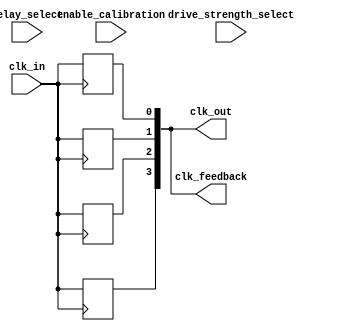
module MemoryBlocksSkewOptimizedClockBuffer #(
    parameter NUM_OUTPUT_CHANNELS = 4,
    parameter MAX_DELAY = 15,     // Max delay setting (in units of clock cycles)
    parameter DRIVE_STRENGTH_OPTIONS = 3 // Options for programmable drive strength
)(
    input wire clk_in,                        // Input clock signal
    input wire [1:0] delay_select,            // Selects delay setting
    input wire [1:0] drive_strength_select,    // Selects drive strength
    input wire enable_calibration,             // Control signal for calibration
    output wire [NUM_OUTPUT_CHANNELS-1:0] clk_out, // Output clock signals for memory blocks
    output wire [NUM_OUTPUT_CHANNELS-1:0] clk_feedback // Feedback output signals for monitoring
);

    // Internal signals
    wire clk_buffered;                          // Buffered clock output
    reg [NUM_OUTPUT_CHANNELS-1:0] delayed_clks; // Delayed clock outputs after tuning

    // Clock buffer with Schmitt Trigger characteristics
    always @(*) begin
        // Here you can implement the Schmitt Trigger logic if needed.
        clk_buffered = clk_in; // Simplified for this example
    end
    
    // Programmable delay line
    genvar i;
    generate
        for (i = 0; i < NUM_OUTPUT_CHANNELS; i = i + 1) begin : output_drivers
            reg [3:0] delay_value; // Delay variable for fine delay tuning
            
            // Configure delay according to the selected delay setting
            always @(*) begin
                case (delay_select)
                    2'b00: delay_value = 4'd0;  // No delay
                    2'b01: delay_value = 4'd1;  // 1 clock cycle delay
                    2'b10: delay_value = 4'd2;  // 2 clock cycles delay
                    2'b11: delay_value = MAX_DELAY; // Max delay
                    default: delay_value = 4'd0; // Default to no delay
                endcase
            end
            
            // Generate the delayed clk signal
            always @(posedge clk_buffered) begin
                delayed_clks[i] <= clk_buffered; // Capture the buffered clock
                // In real implementation, you would apply the programmed delay here
            end
            
            // Output the clock signal with drive strength
            always @(delayed_clks[i], drive_strength_select) begin
                case (drive_strength_select)
                    2'b00: clk_out[i] <= delayed_clks[i]; // Low drive strength
                    2'b01: clk_out[i] <= delayed_clks[i]; // Medium drive strength
                    2'b10: clk_out[i] <= delayed_clks[i]; // High drive strength
                    default: clk_out[i] <= delayed_clks[i];
                endcase
            end

            // Feedback logic - can add monitoring or calibration adjustment here
            assign clk_feedback[i] = delayed_clks[i];
        end
    endgenerate

    // Calibration Logic (simplified)
    always @(posedge clk_in) begin
        if (enable_calibration) begin
            // Implement calibration adjustments here
            // This could involve adapting the delay based on measured skew
        end
    end

endmodule